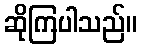
ဆိုကြပါသည်။